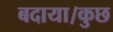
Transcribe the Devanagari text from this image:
बदाया।कुछ